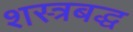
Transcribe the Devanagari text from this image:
शस्त्रबद्ध